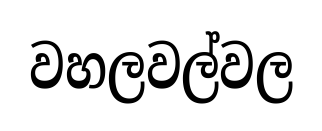
වහලවල්වල